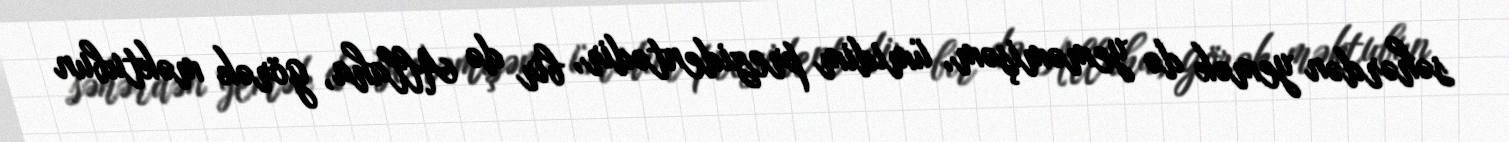
səhərdən yemək də yeməmişəm, ümidim prezidentədir, bir də Allaha, görək məktubun